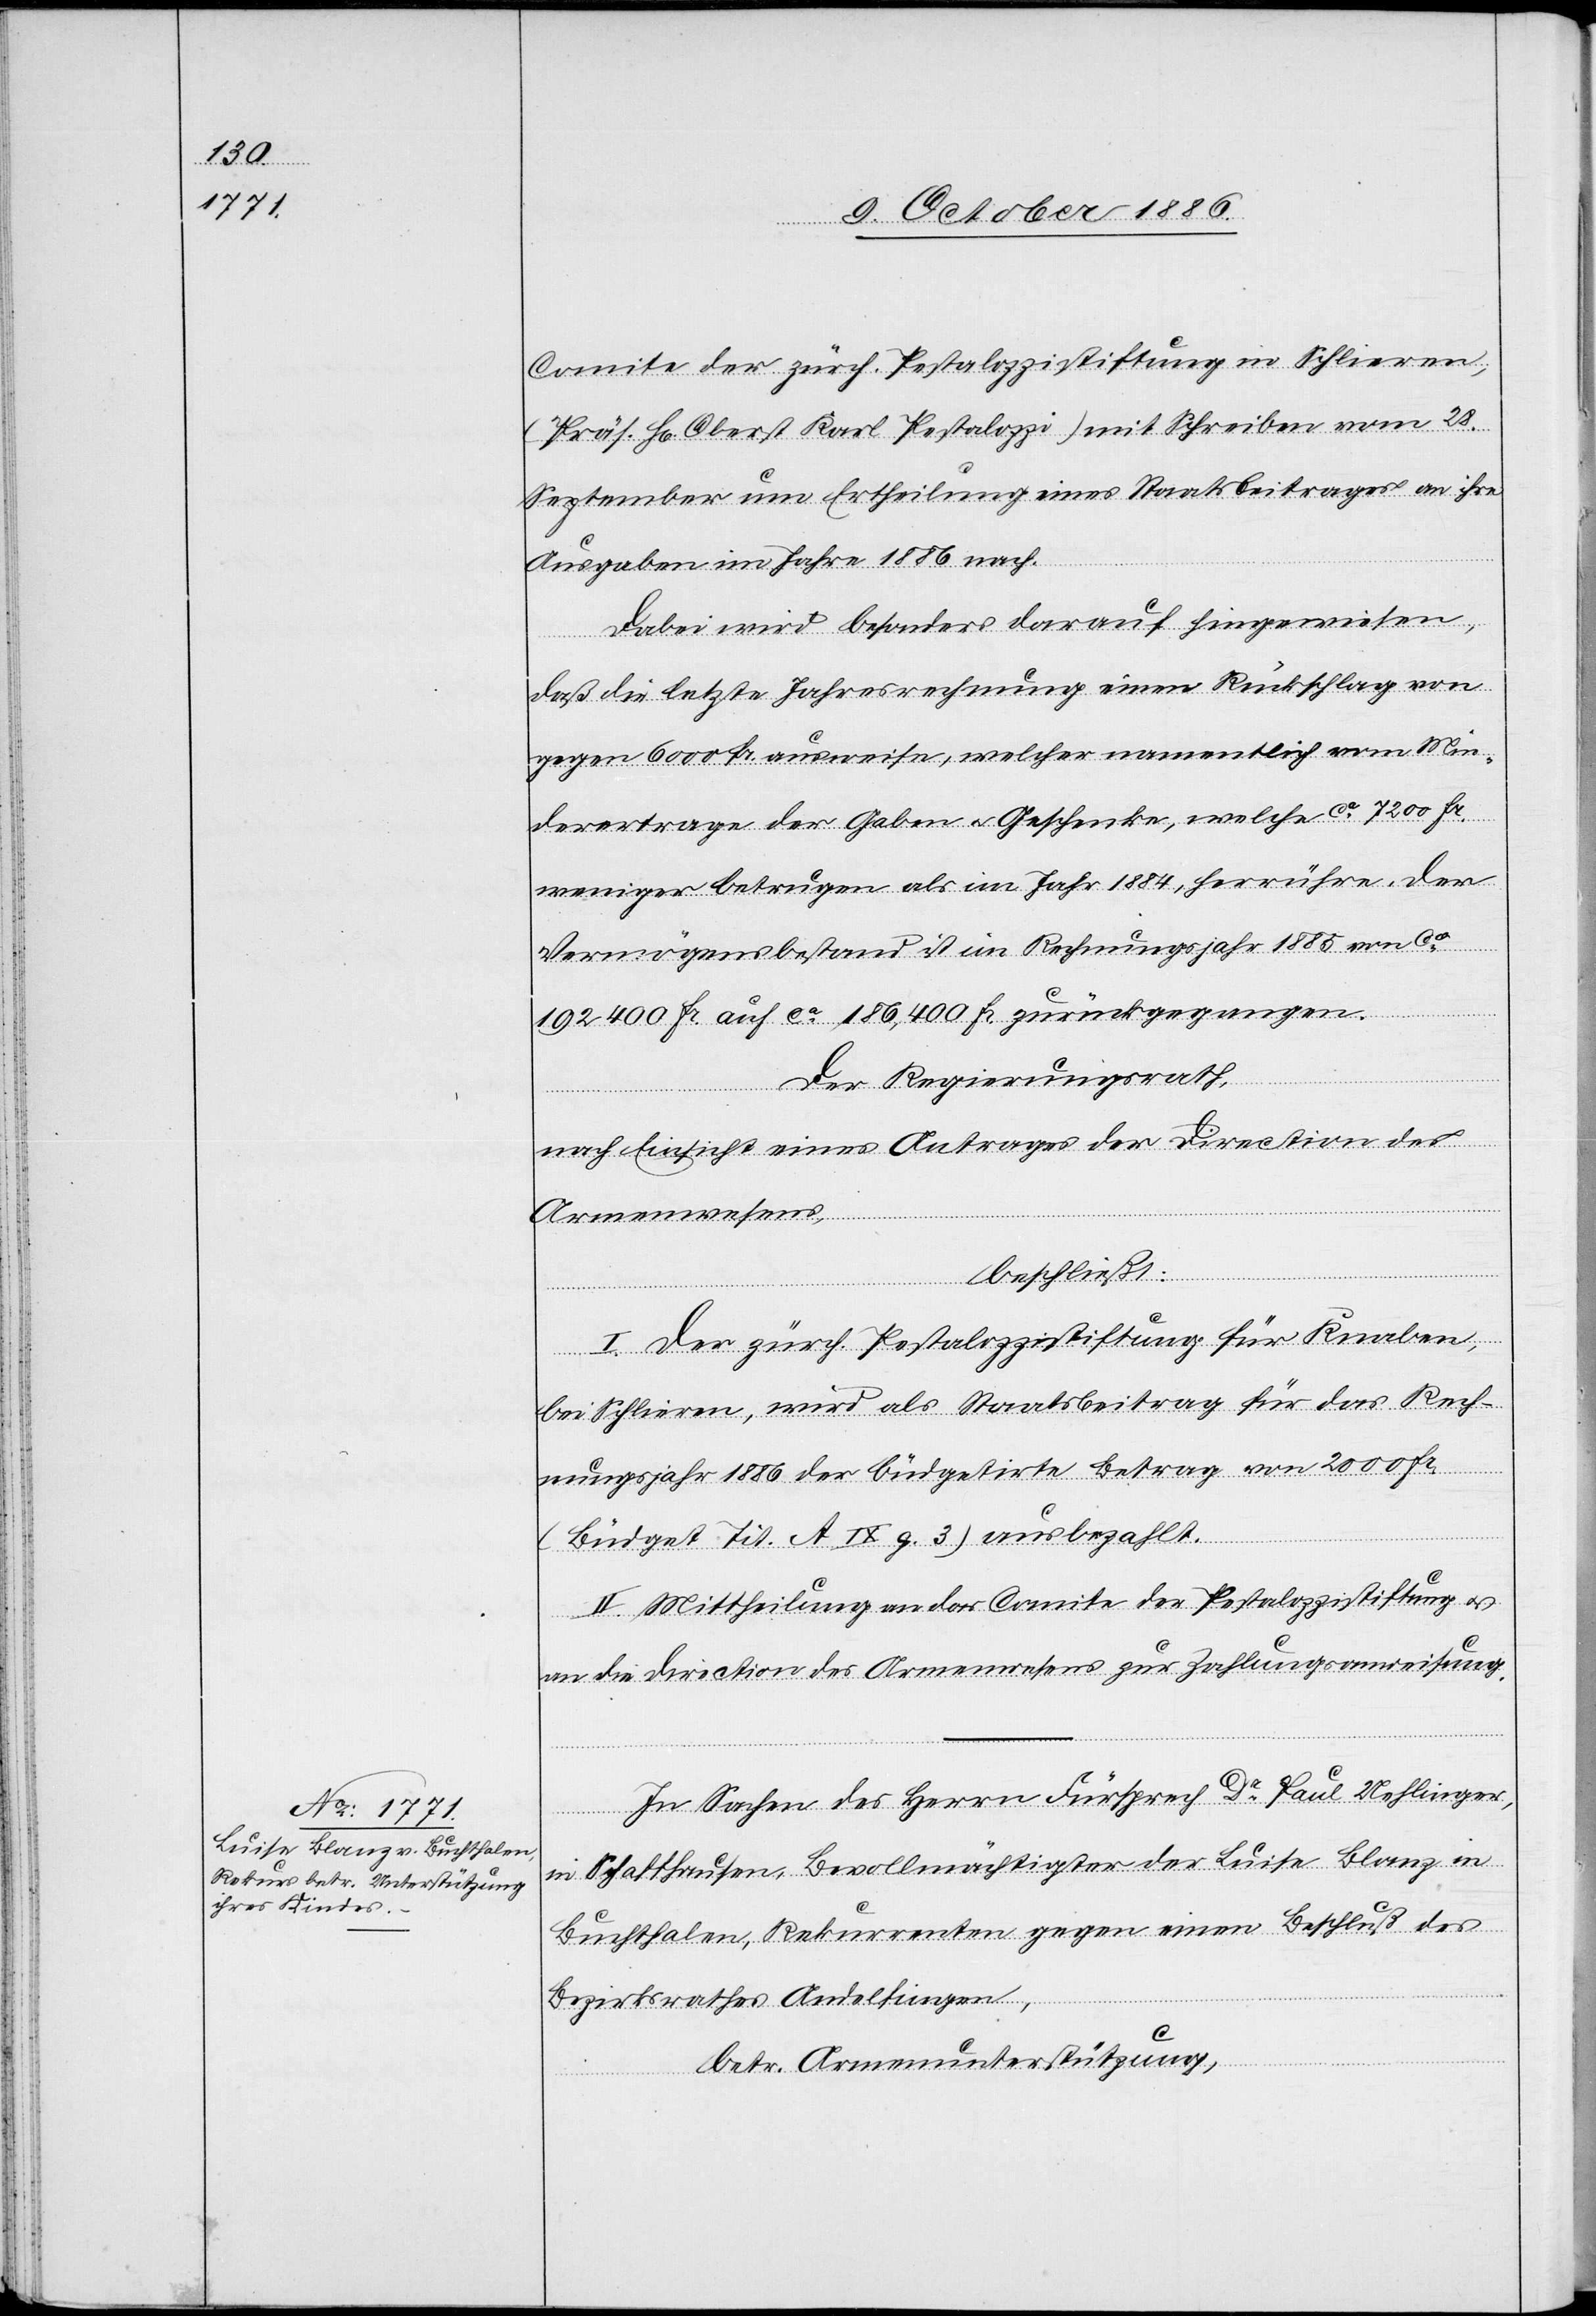
Comite der zürch. Pestalozzistiftung in Schlieren,
(Präs. H[err] Oberst Karl Pestalozzi) mit Schreiben vom 28.
September um Ertheilung eines Staatsbeitrages an ihre
Ausgaben im Jahre 1886 nach.
Dabei wird besonders darauf hingewiesen,
daß die letzte Jahresrechnung einen Rückschlag von
gegen 6000 Fr. ausweise, welcher namentlich vom Min¬
derertrage der Gaben & Geschenke, welche ca 7200 Fr.
weniger betrugen als im Jahr 1884, herrühre. Der
Vermögensbestand ist im Rechnungsjahr 1885 von ca
192 400 Fr. auf ca 186,400 Fr. zurückgegangen.
Der Regierungsrath,
nach Einsicht eines Antrages der Direction des
Armenwesens,
beschließt:
I. Der zürch. Pestalozzistiftung für Knaben,
bei Schlieren, wird als Staatsbeitrag für das Rech¬
nungsjahr 1886 der büdgetirte Betrag von 2000 Fr.
(Büdget Tit. A IX g. 3) ausbezahlt.
II. Mittheilung an das Comite der Pestalozzistiftung &
an die Direction des Armenwesens zur Zahlungsanweisung.
In Sachen des Herrn Fürsprech Dr Paul Uehlinger,
in Schaffhausen, Bevollmächtigter der Luise Blanz in
Buchthalen, Rekurrenten gegen einen Beschluß des
Bezirksrathes Andelfingen,
betr. Armenunterstützung,